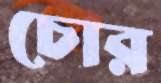
চোর